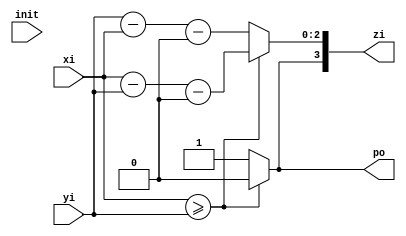
module resta3b (input [2:0] xi, input [2:0] yi, output reg po, output [3:0] zi, input init);

  reg [2:0] st;
  assign pi = 0;

  assign zi[2:0] = st;
  assign zi[3] = po;

always @ ( * ) begin

  if (xi>=yi) begin
		st = xi-yi-pi;
		po = 0;
  end
   else begin
			st = yi-xi-pi;
			po = 1;	
		  end
end
endmodule